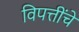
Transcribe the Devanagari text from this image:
विपत्तींचे